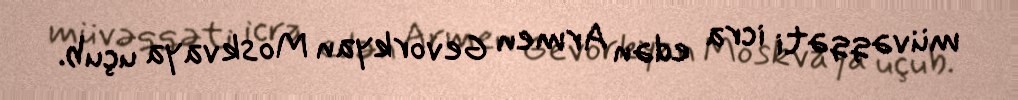
müvəqqəti icra edən Armen Gevorkyan Moskvaya uçub.